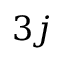
3 j